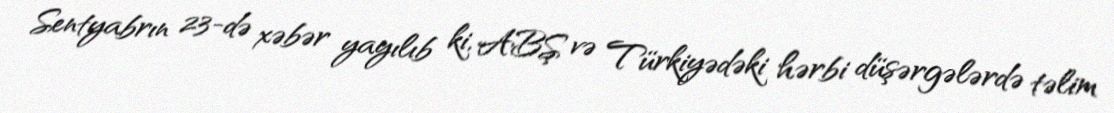
Sentyabrın 23-də xəbər yayılıb ki, ABŞ və Türkiyədəki hərbi düşərgələrdə təlim